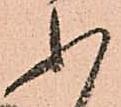
ふ